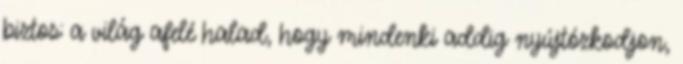
biztos: a világ afelé halad, hogy mindenki addig nyújtózkodjon,